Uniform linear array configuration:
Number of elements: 4
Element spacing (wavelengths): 1
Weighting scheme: kaiser
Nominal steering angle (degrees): -45
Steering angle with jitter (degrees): -46.85
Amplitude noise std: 0.05
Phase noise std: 0.05

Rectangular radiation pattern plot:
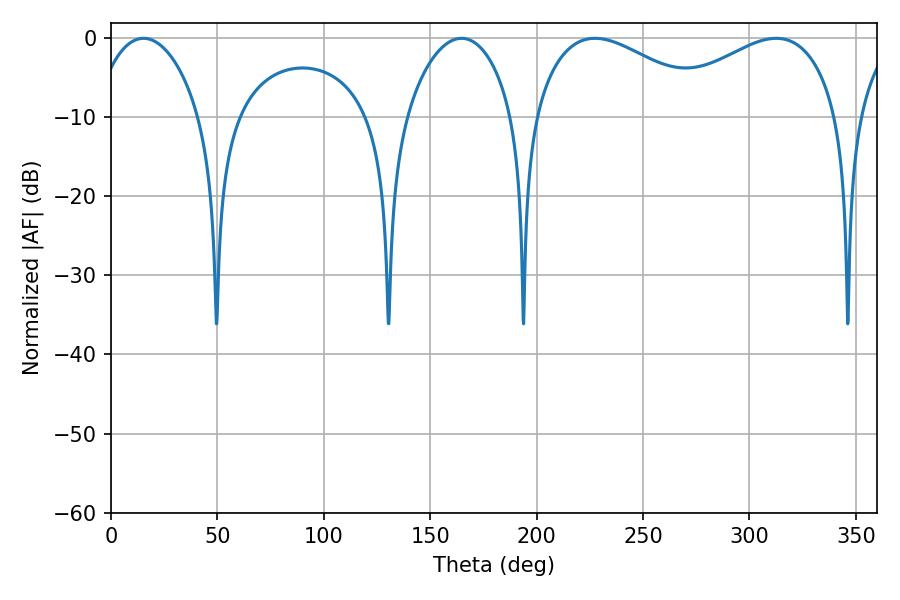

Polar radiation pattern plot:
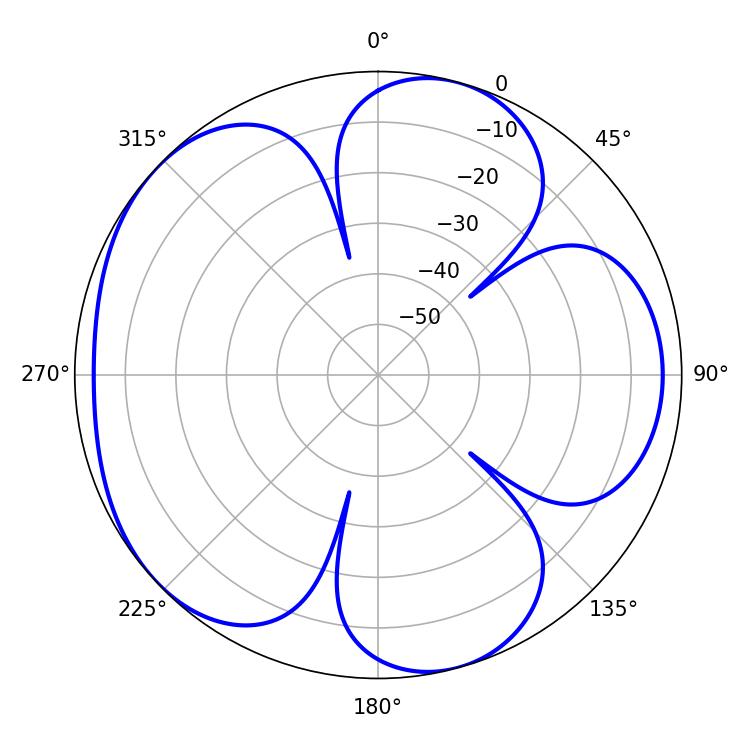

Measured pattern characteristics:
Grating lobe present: TRUE
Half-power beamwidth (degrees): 28.26
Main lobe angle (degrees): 15.3